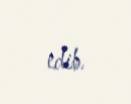
edib.